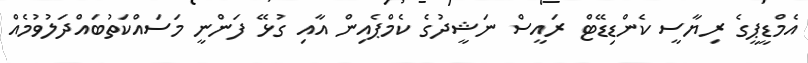
އެމްޑީޕީގެ ރިޔާސީ ކެންޑިޑޭޓް ރައީސް ނަޝީދުގެ ކެމްޕެއިން އާއި ގުޅޭ ފަންނީ މަސައްކަތުބައްދަލުވުމެއް